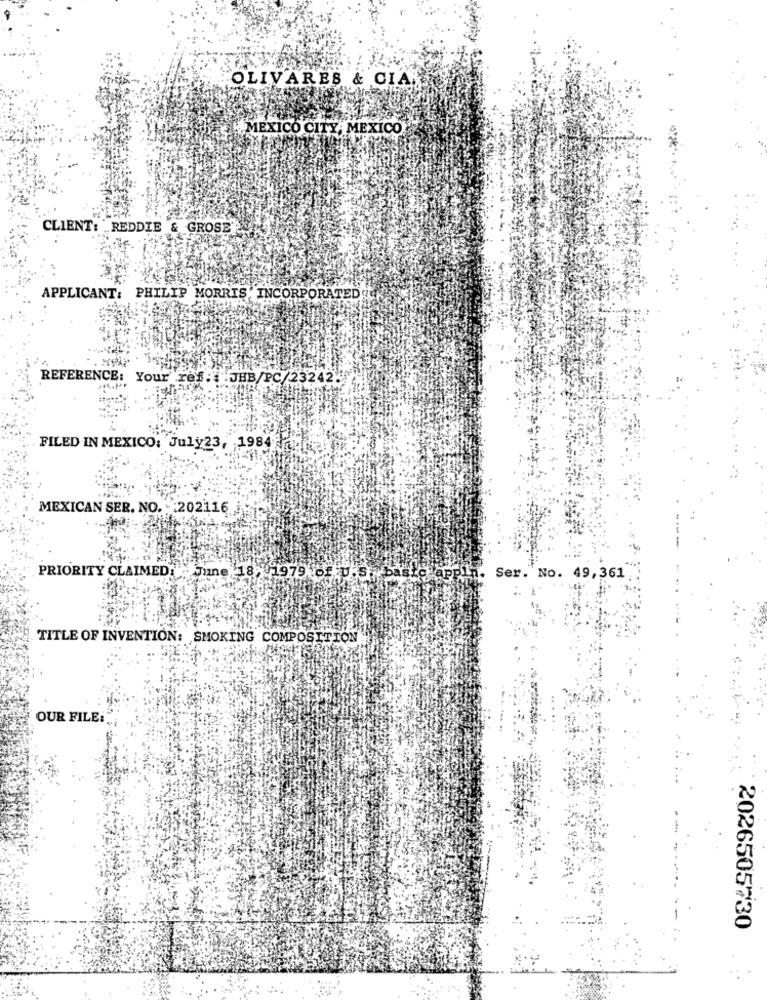
OLIVARES & CIA
MEXICO CITY, MEXICO
CLIENT: REDDIE & GROSE
APPLICANT: PHILIP MORRIS, INCORPORATED
REFERENCE: Your ref. : JHB/PC/23242!
FILED IN MEXICO: July23, 1984
MEXICAN SER. NO. : 202116
PRIORITY CLAIMED: June 18, 1979 6. U.s
Ser. No. 49,361 .
TITLE OF INVENTION: SMOKING COMPOSITION
OUR FILE:
2026505730